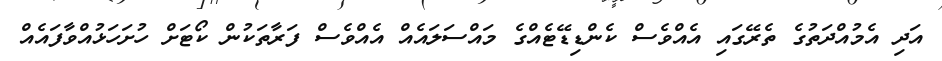
އަދި އެމުއްދަތުގެ ތެރޭގައި އެއްވެސް ކެންޑިޑޭޓެއްގެ މައްސަލައެއް އެއްވެސް ފަރާތަކުން ކޯޓަށް ހުށަހަޅުއްވާފައެއް